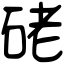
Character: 硓